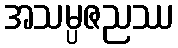
အသမ္ပဇညဿ